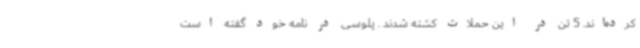
کرده‌اند. 5 تن در این حملات کشته شدند . پلوسی در نامه خود گفته است